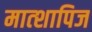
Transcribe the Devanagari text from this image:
मात्शापिज